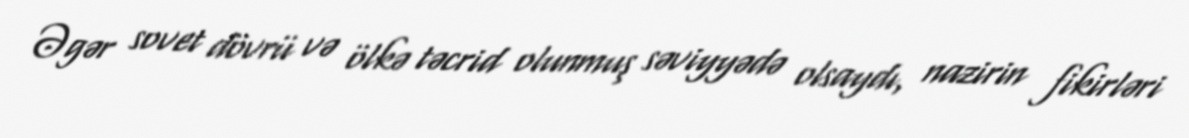
Əgər sovet dövrü və ölkə təcrid olunmuş səviyyədə olsaydı, nazirin fikirləri